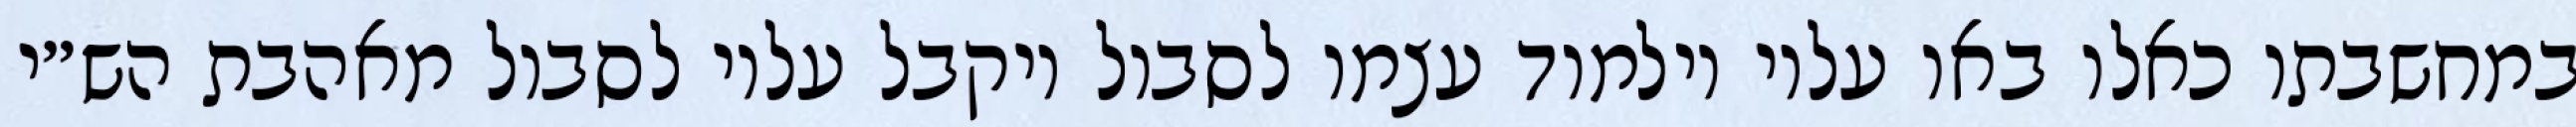
במחשבתו כאלו באו עליו וילמוד עצמו לסבול ויקבל עליו לסבול מאהבת הש״י